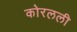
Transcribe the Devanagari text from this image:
कोरलली